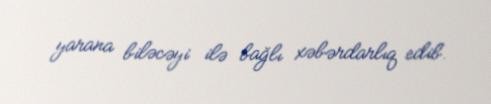
yarana biləcəyi ilə bağlı xəbərdarlıq edib.